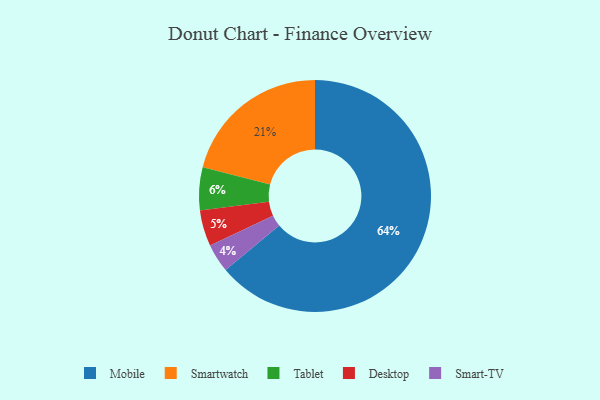
{"axis": {"x": "Category", "y": "Percentage"}, "legend": ["Desktop", "Mobile", "Smart-TV", "Smartwatch", "Tablet"], "data": [{"x": "Smart-TV", "y": 4, "type": "Smart-TV"}, {"x": "Smartwatch", "y": 21, "type": "Smartwatch"}, {"x": "Desktop", "y": 5, "type": "Desktop"}, {"x": "Tablet", "y": 6, "type": "Tablet"}, {"x": "Mobile", "y": 64, "type": "Mobile"}]}